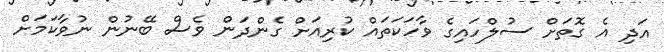
އަދި އެ ގޮތަށް ސުލްހައިގެ ވާހަކަތައް ކުރިއަށް ގެންދަން ވެސް ބޭނުން ނުވާކަމަށް